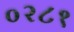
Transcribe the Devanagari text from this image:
०२८१